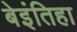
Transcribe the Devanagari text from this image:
बेइंतिहा